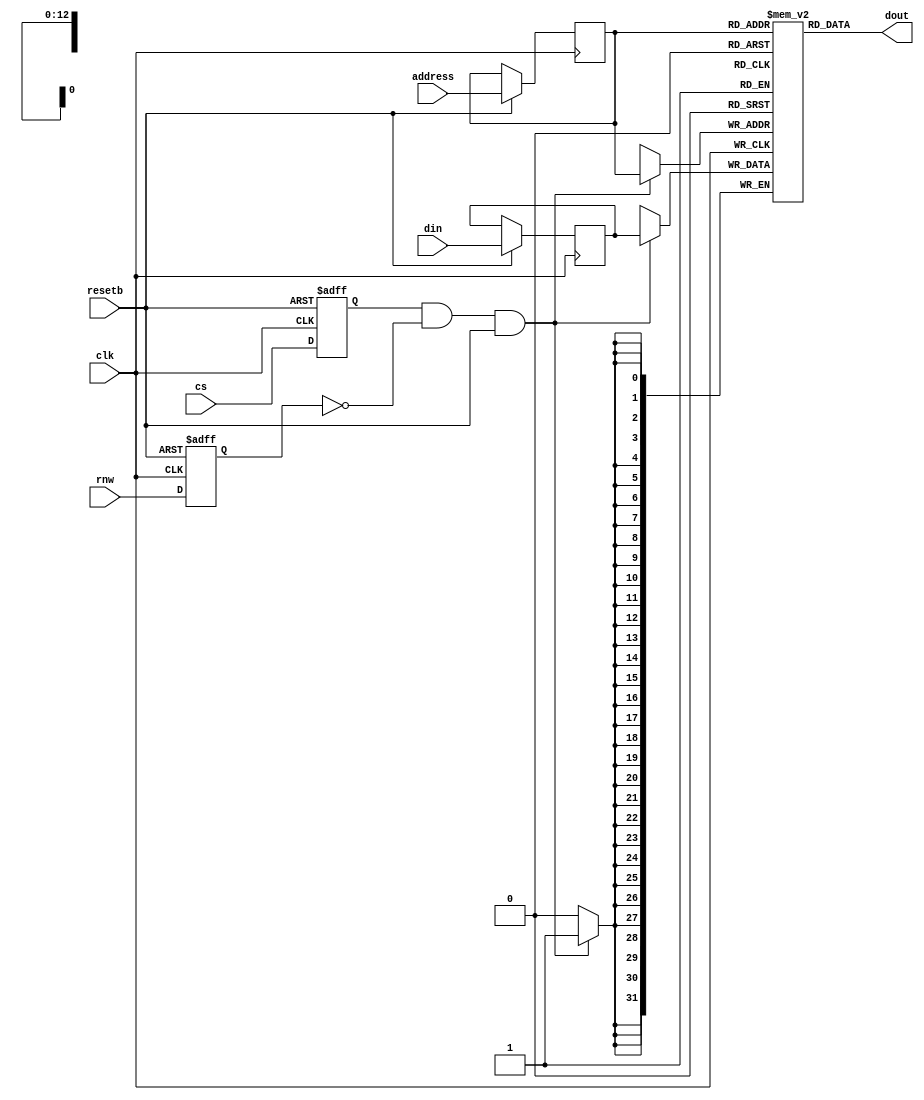
module ram8192x32 (
                   input         clk,
                   input [12:0]  address,
                   input         resetb,
                   input [31:0]  din,
                   input         cs,
                   input         rnw,
                   output [31:0] dout
                   );
  
  reg [31:0]                     mem [ 8191:0 ] ;  (* RAM_STYLE="BLOCK" *)
  reg [12:0]                     address_q ;
  reg [31:0]                     din_q;
  reg                            cs_q;
  reg                            rnw_q;  

  assign dout = mem[address_q];  
  
  always @ (posedge clk or negedge resetb ) begin
    // Latch all control and address signals on rising edge
    if ( !resetb ) begin
      cs_q <= 0;
      rnw_q <= 0;      
    end 
    else begin
      cs_q <= cs;
      rnw_q <= rnw;
      address_q <= address;
      din_q <= din;      
    end
  end // always @ (posedge clk or negedge resetb )
  

  always @ ( posedge clk ) begin
    // Write to RAM on next cycle - whole cycle to complete
    if (cs_q && !rnw_q && resetb ) begin
      mem[address_q] <= din_q;
      // $display(" STORE :  Address : 0x%05x ( %6d )  : Data : 0x%08x ( %d)",address_q,address_q,din_q,din_q);       
    end      
  end
endmodule